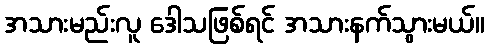
အသားမည်းလူ ဒေါသဖြစ်ရင် အသားနက်သွားမယ်။